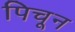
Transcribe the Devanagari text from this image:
पिचून